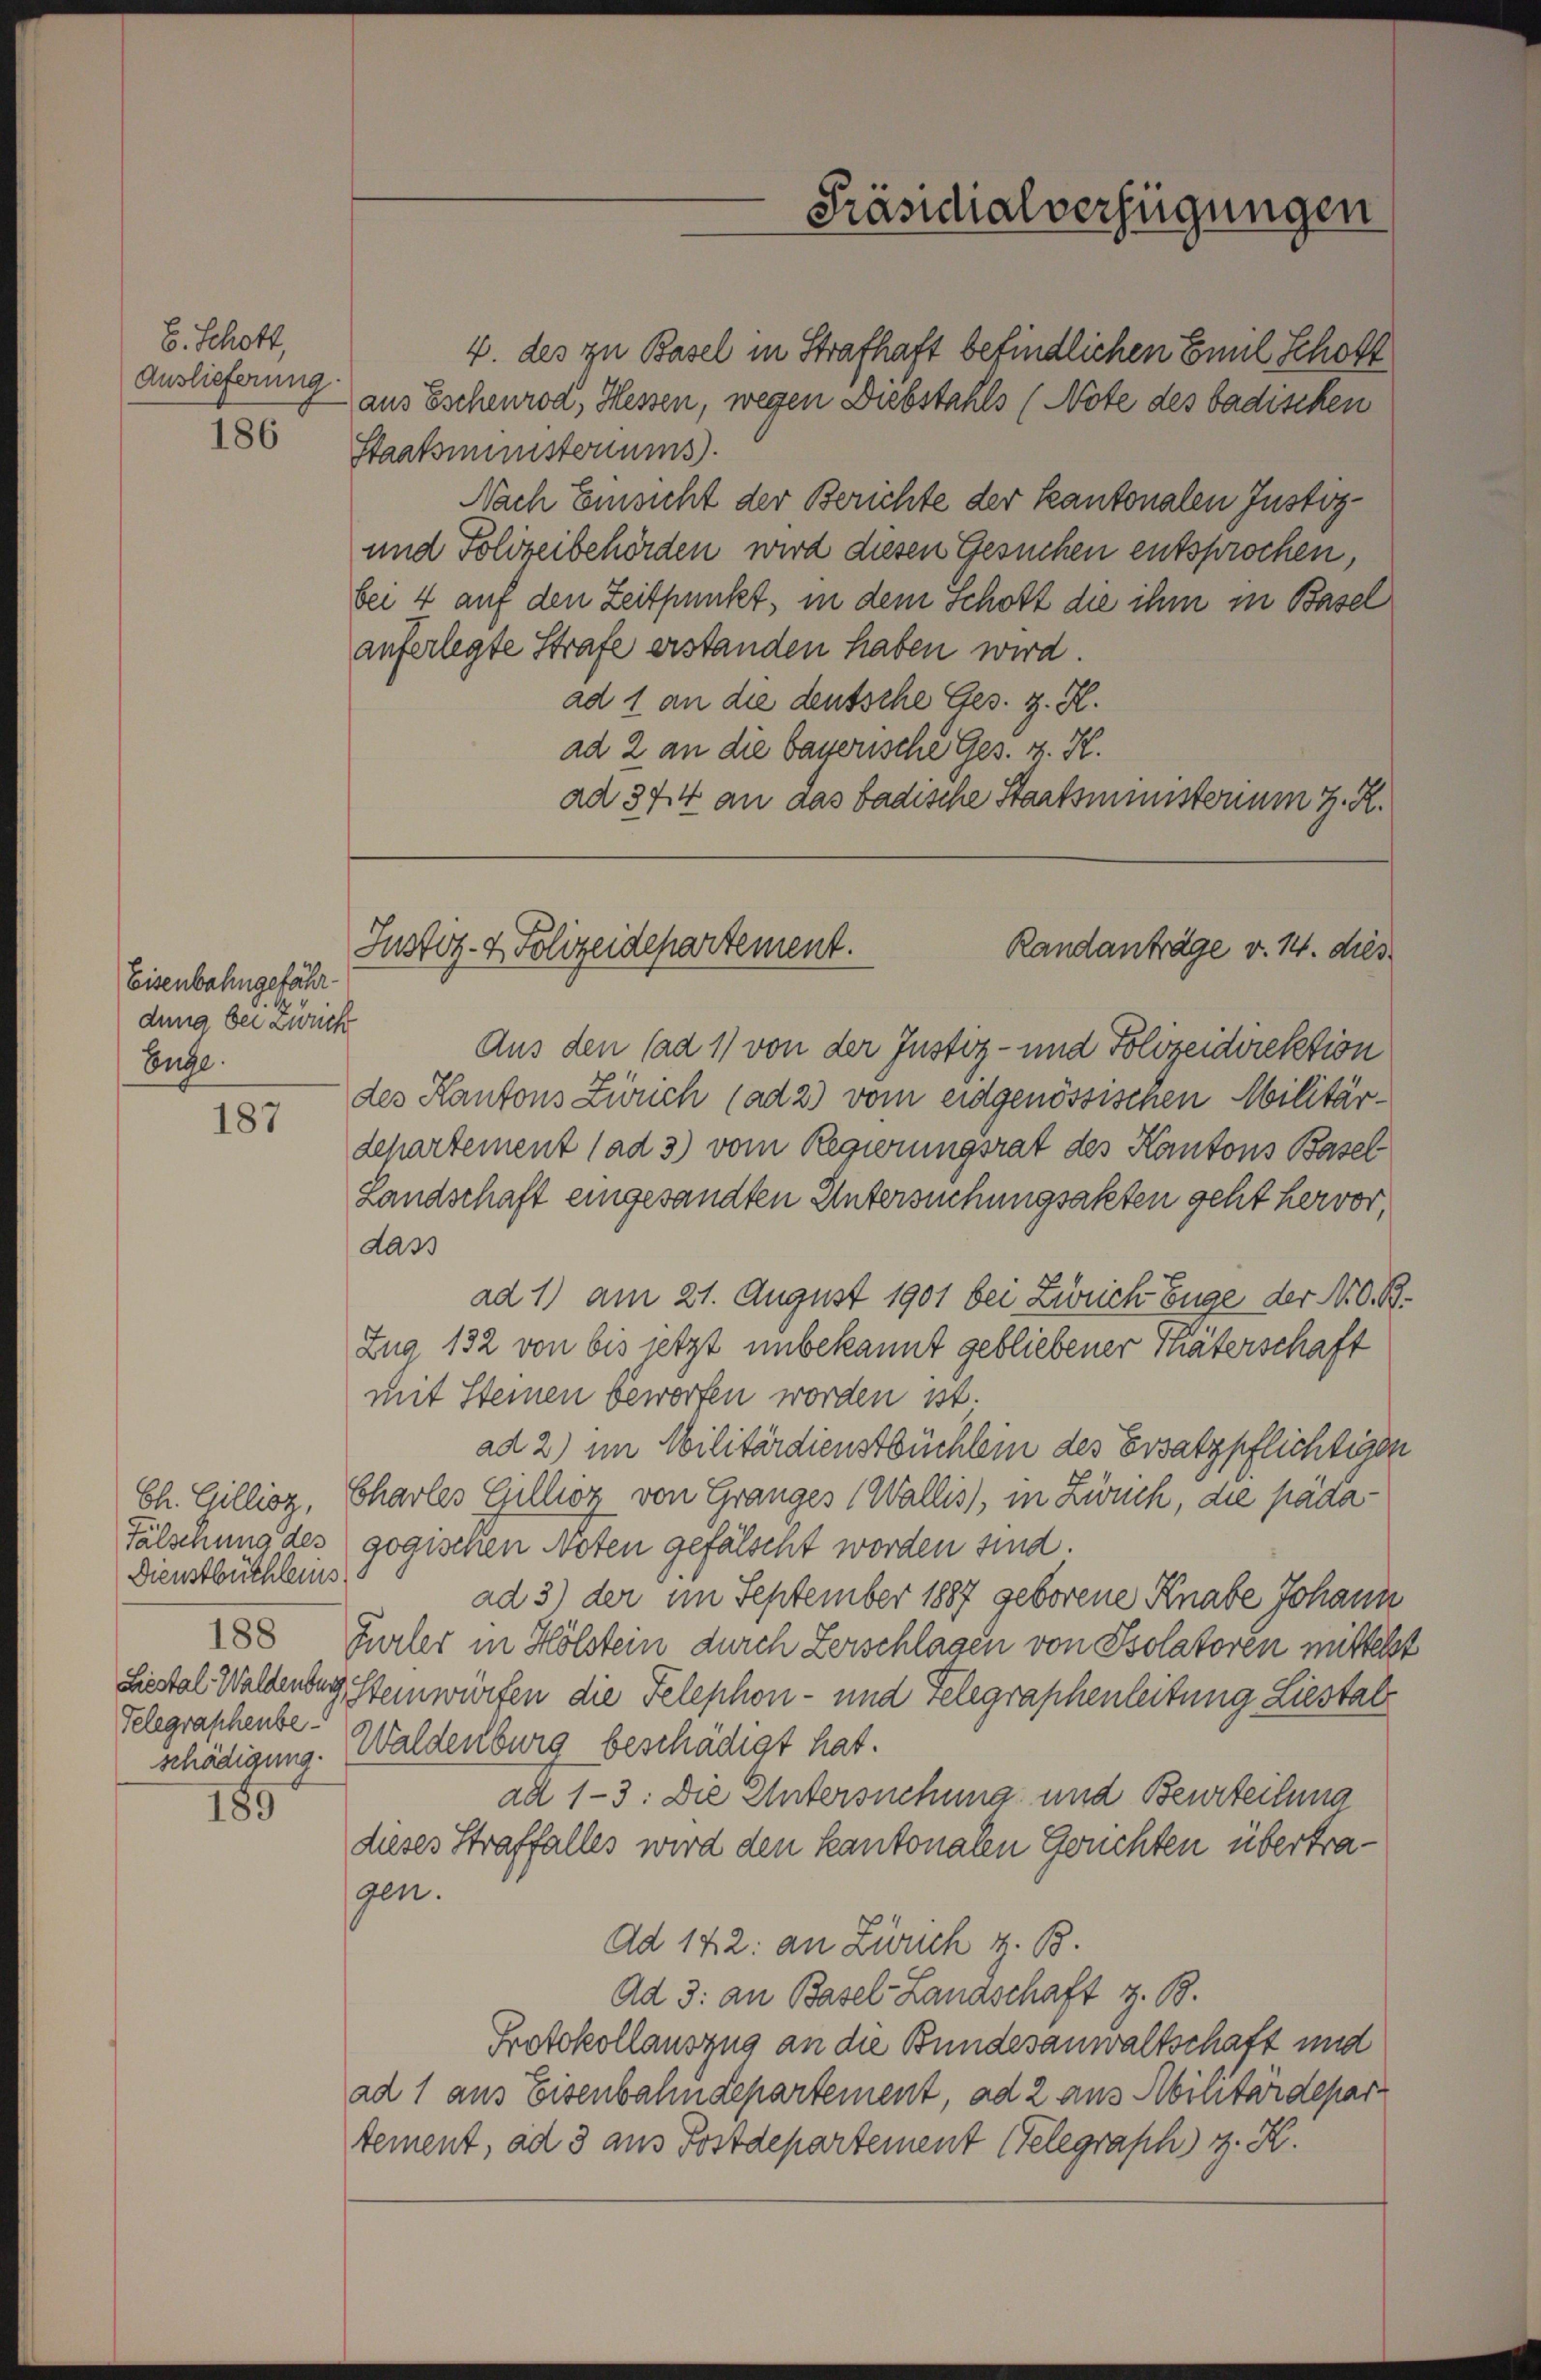
E. Schott,
Auslieferung.
186

Eisenbahngefähr.
.S
dung bei Zweck
Euge

187

Ch. Gillioz,
Fälschung des
Dienstbüchleins
188
Liestal-Waldenbur
Telegraphenbeschädigung.

189

Präsidialverfügungen

Staatsministeriums
auferlegte Strafe erstanden haben wird.
ad 2 an die bayerische Ges. v. K.
ad 374 an das badische Staatsministerium z. R.
Aus den (ad 1) von der Justiz- und Polizeidirektion
des Kantons Zürich (ad 2) vom eidgenössischen Militärdchartement (ad 3) vom Regierungsrat des Kantons Basel
Landschaft eingesandten Untersuchungsakten geht hervor,
dass
ad 1) am 21. August 1901 bei Zürich Enge der N. O. B.
Zug 132 von bis jetzt unbekannt gebliebener Thäterschaft
mit Steinen beworfen worden ist.
ad 2) im Militärdienstbüchlein des Ersatzpflichtigen
Charles Gillioz von Granges (Wallis), in Zürich, die päda
gogischen Noten gefälscht worden sind.
ad 3) der im September 1887 geborene Knabe Johann
Zürler in Hölstein durch Zerschlagen von Isolatoren mittelst
Steinwürfen die Telephon- und Telegraphenleitung Liestal
Waldenburg beschädigt hat.
ad 1-3: Die Untersuchung und Beurteilung
dieses Straffalles wird den kantonalen Gruchten übertragen.
Ad 142: an Ziuch z. B.
Ad 3: an Basel-Landschaft z. B.
Protokollauszug an die Bundesanwaltschaft und
ad 1 aus Eisenbahndepartement, ad 2 aus Abilitärdepar
tement, ad 3 aus Postdepartement Gelegraph z. K.

Justiz- & Polizeidepartement.
Randanträge v. 14. dies

4. des zu Basel in Strafhaft befindlichen Emil Schöff
aus Eschenrod, Hessen, wegen Diebstahls (Note des badischen
Nach Einsicht der Berichte der Kantonalen Justiz¬
und Polizeibehörden wird diesen Gesuchen entsprochen,
bei 4 auf den Zeitpunkt, in dem Schott die ihm in Basel
ad 1 an die deutsche Ges. z. R.